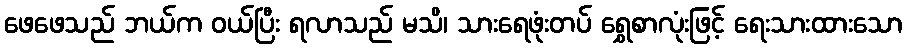
ဖေဖေသည် ဘယ်က ဝယ်ပြီး ရလာသည် မသိ၊ သားရေဖုံးတပ် ရွှေစာလုံးဖြင့် ရေးသားထားသော